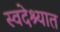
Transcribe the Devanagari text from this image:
स्वदेश्यात